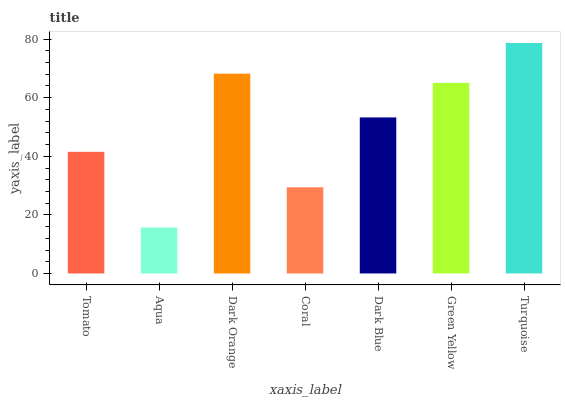
| xaxis_label | bars |
 | --- | --- |
 | Tomato | 41.5 |
 | Aqua | 15.7 |
 | Dark Orange | 68.2 |
 | Coral | 29.4 |
 | Dark Blue | 53.3 |
 | Green Yellow | 65.1 |
 | Turquoise | 78.7 |